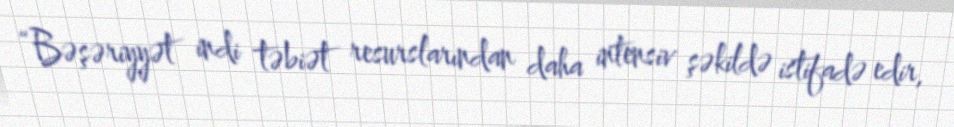
“Bəşəriyyət indi təbiət resurslarından daha intensiv şəkildə istifadə edir,